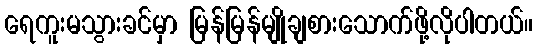
ရေကူးမသွားခင်မှာ မြန်မြန်မျိုချစားသောက်ဖို့လိုပါတယ်။